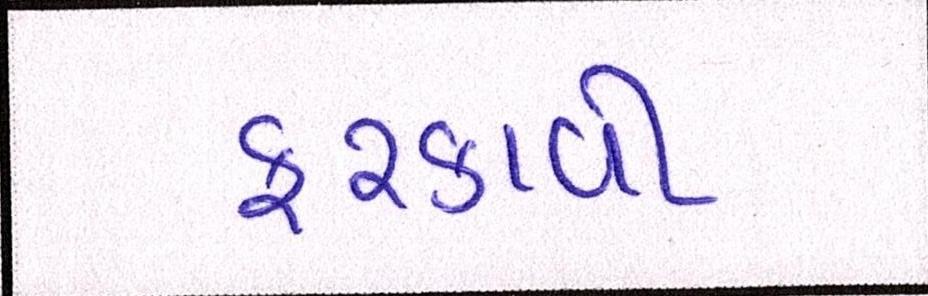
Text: ફરકાવી